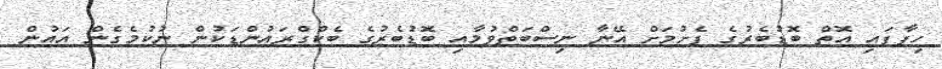
ހިފާފައި އޮތް ބޮޑުބެރުގެ ފެށުމަށް އޭނާ ނިސްބަތްވުމާއި ބޮޑުބެރުގެ ބެކްގްރައުންޑަކުން ނުކުމެގެން އައުން